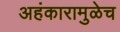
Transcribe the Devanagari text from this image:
अहंकारामुळेच